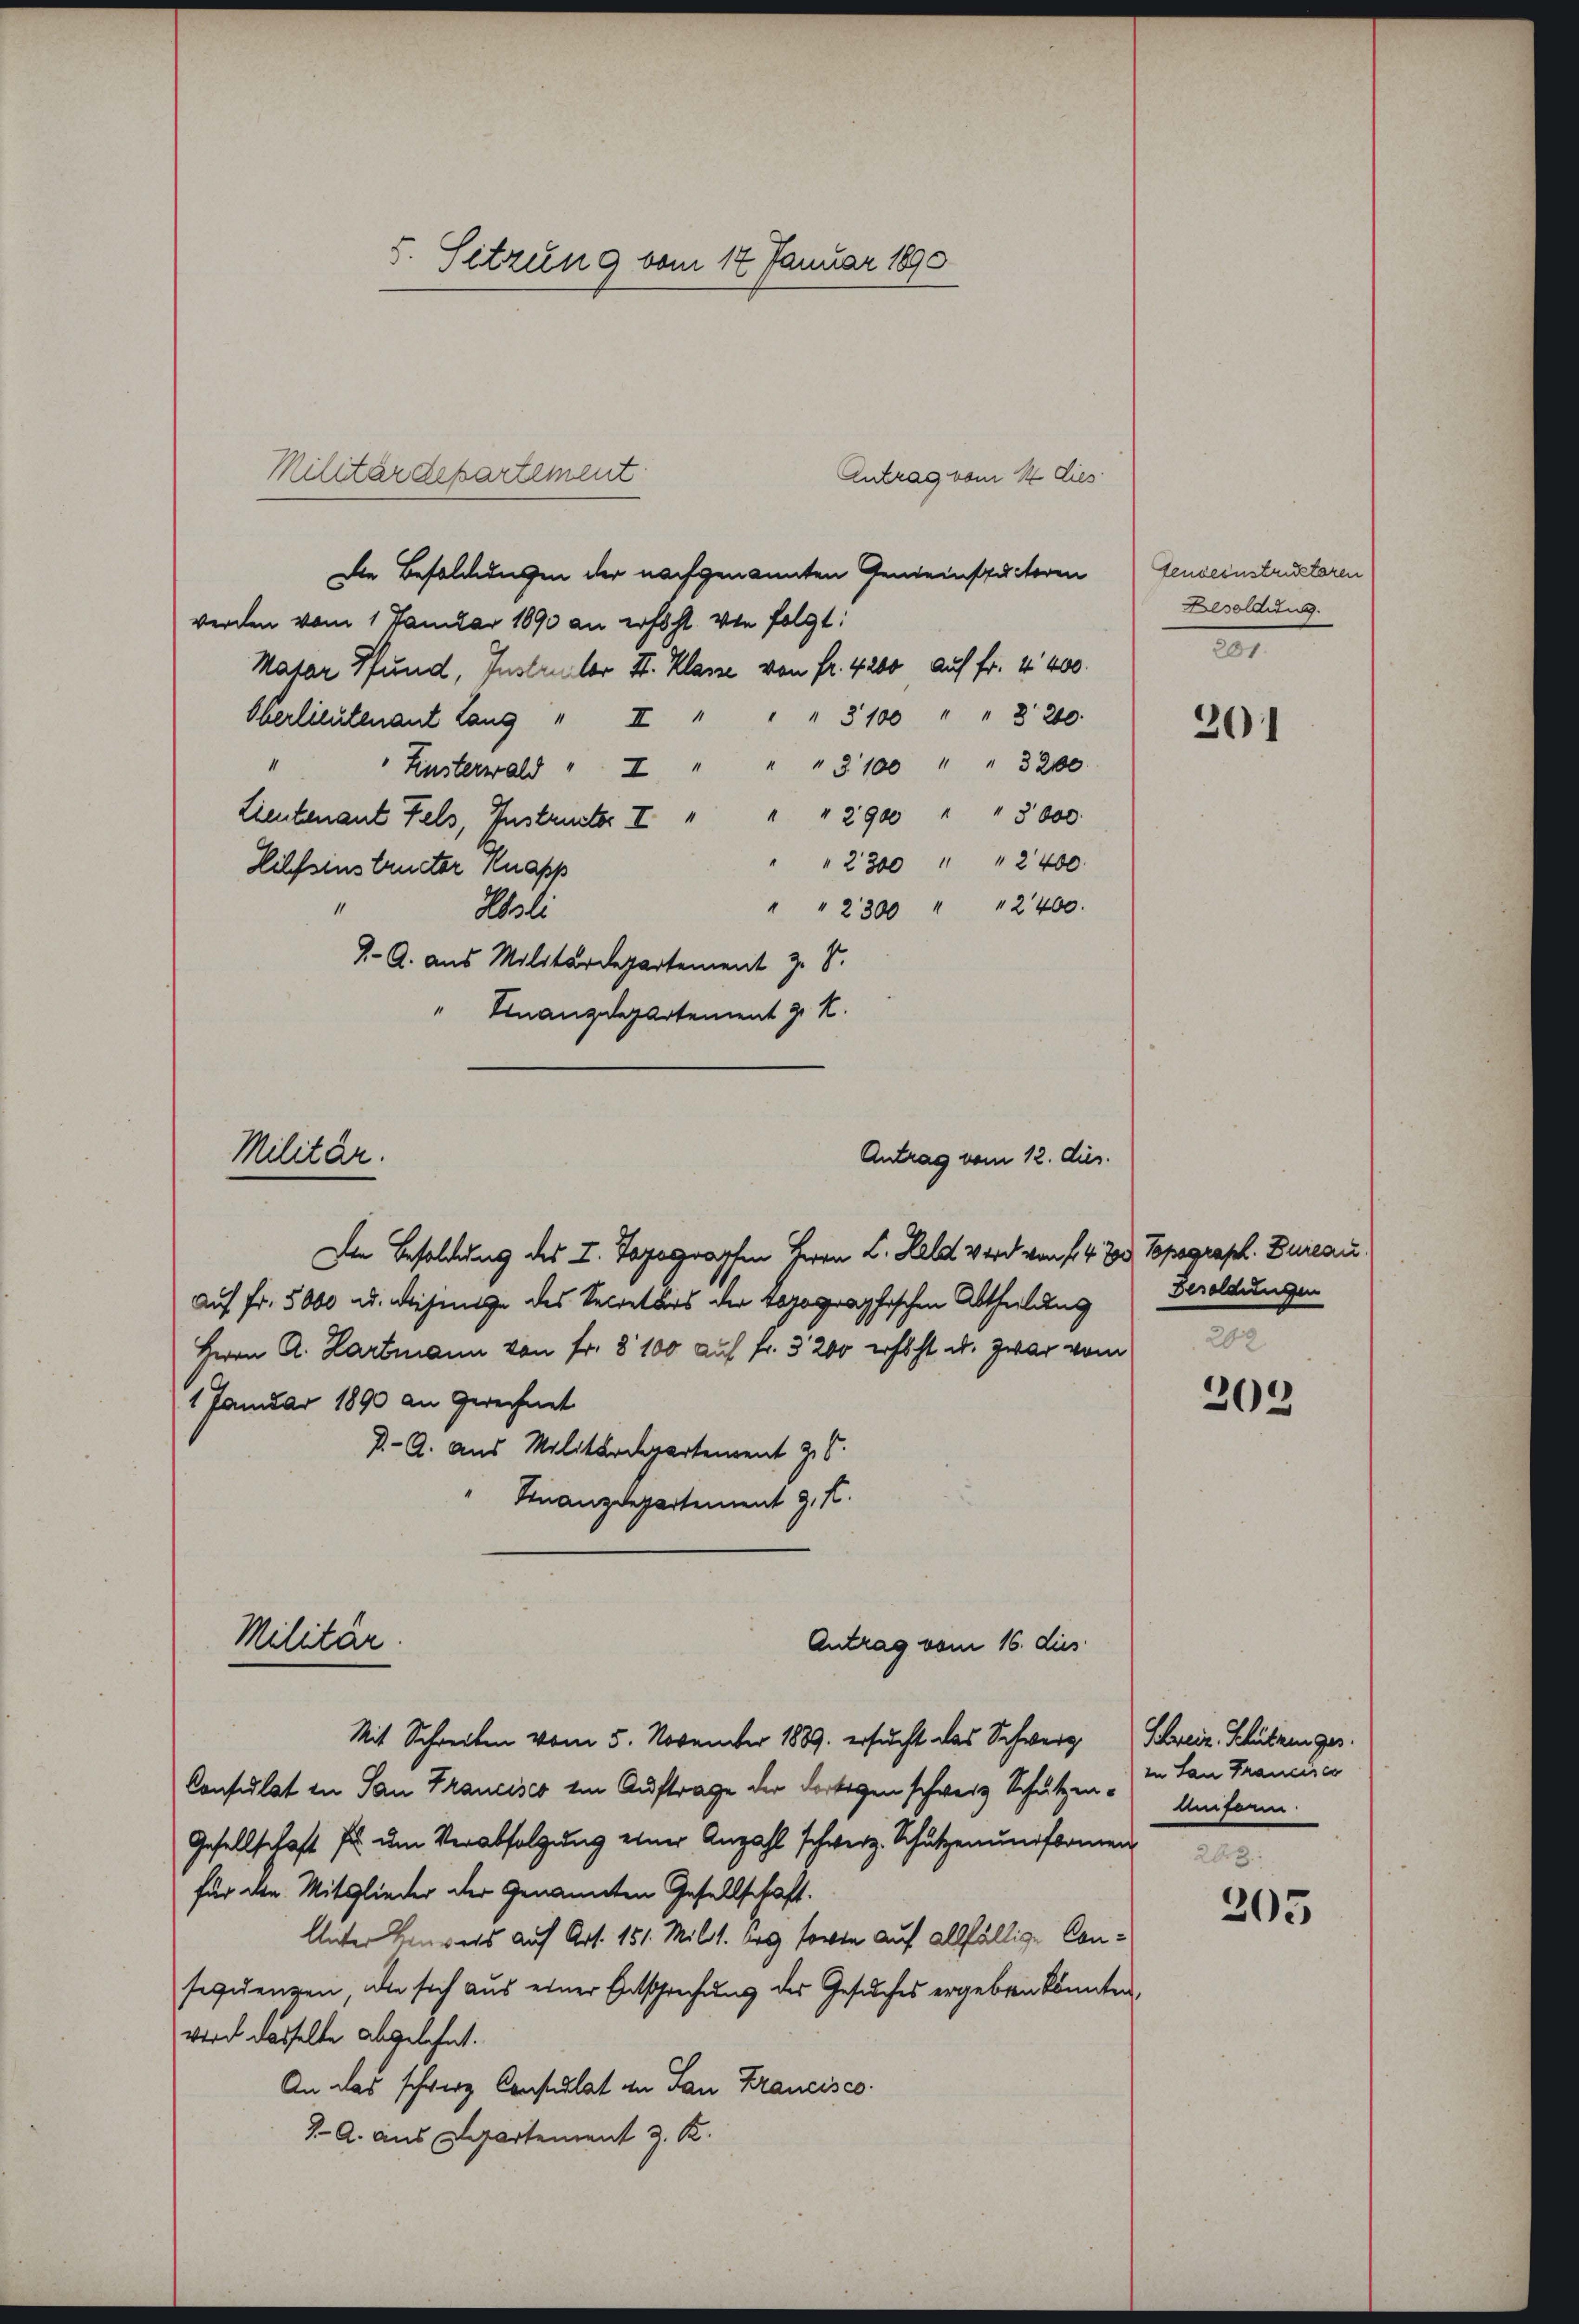
Militär.

5. Sitzung vom 17. Januar 1890

Militärdepartement
Antrag vom 14 dies
Die Besoldungen der nachgenannten Gemeinstuckeren
werden vom 1 Januar 1890 an erhöht. Von folgt:
Matar Pfund, Instructor H. Klasse von fr. 4200, auf fr. 4400.
Oberlieutenant Lang "II " " " 3100 " " 3200.
1
Linsterwald " " " " " 3100 " " 3200.
Lieutenant Fels, Instructor I " " " 2900 " " 3000
" 2300 " " 2400
Hilfsinstructor Knapp
" " 2300 " " 2400.
1
Wali
9- A. aus Militärdepartement z. S.
" Finanzdepartement z. K.
Antrag vom 12. dies.
Den Besoldung des I. Topograrten Herrn C. Held wird von 14. 20. Topograph. Bureau.
auf Fr. 5000 u. diejenige des Secretärs der topographischen Abtheilung
Herrn A. Hartmann von Fr. 8100 auf Fr. 3200 erhöht u. zwar vom
1 Januar 1890 an Gerechnet
B.- A. aus Militärdepartement z.
Finanzdepartement z. B.
Militär.
Antrag vom 16. dies
Mit Schreiben vom 5. November 1889. ersucht das Schwerz
Consulat in San Francisco ein Auftrage der dortigen schweiz Schutzen Uniform.
Gesellschaft f um Verabfolgung einer Anzahl schwerz. Schutzen und komen
für die Mitglieder der Genannten Gesellschaft.
Unter Heurers auf Art. 151. Milit. bey sowie auf allfällige Consequenzen, die sich aus einer Entsprechung des Gesuches ergeben könnten
wird dasselbe abgelehnt.
An das schwerz Consulat in San Francisco
J. A. aus Departement z. B.

teuseinstruktoren
Besoldung.
201.

201

Besoldungen

202

Schweiz. Schützunges.
in San Francisce

205